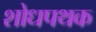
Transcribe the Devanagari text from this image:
शोधपथक